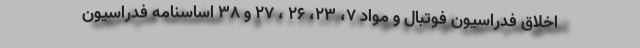
اخلاق فدراسیون فوتبال و مواد ۷، ۲۳، ۲۶ ، ۲۷ و ۳۸ اساسنامه فدراسیون